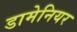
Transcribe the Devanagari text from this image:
डामेनियर